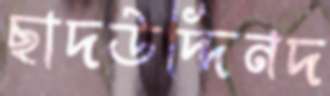
ছাদউদ্দিনদ